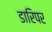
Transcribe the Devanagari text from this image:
डारिपर